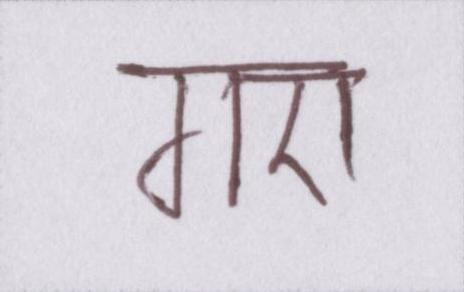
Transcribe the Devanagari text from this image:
गए